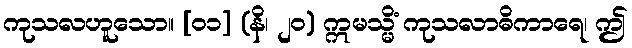
ကုသလဟူသော။ [၀၁] (နိ၊ ၂၀) ဣမသ္မိံ ကုသလာဓိကာရေ၊ ဤ